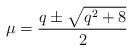
LaTeX: \begin{align*}\mu = \frac{q\pm\sqrt{q^2+8}}{2}\end{align*}